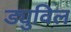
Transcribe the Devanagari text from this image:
ड्युविल